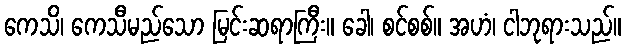
ကေသိ၊ ကေသီမည်သော မြင်းဆရာကြီး။ ခေါ၊ စင်စစ်။ အဟံ၊ ငါဘုရားသည်။